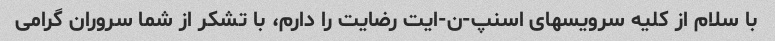
با سلام از کلیه سرویسهای اسنپ-ن-ایت رضایت را دارم، با تشکر از شما سروران گرامی